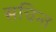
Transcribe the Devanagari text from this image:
सचिन्त